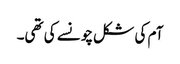
آم کی شکل چونسے کی تھی۔